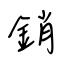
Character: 銷